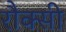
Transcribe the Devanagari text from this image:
रौक्सी